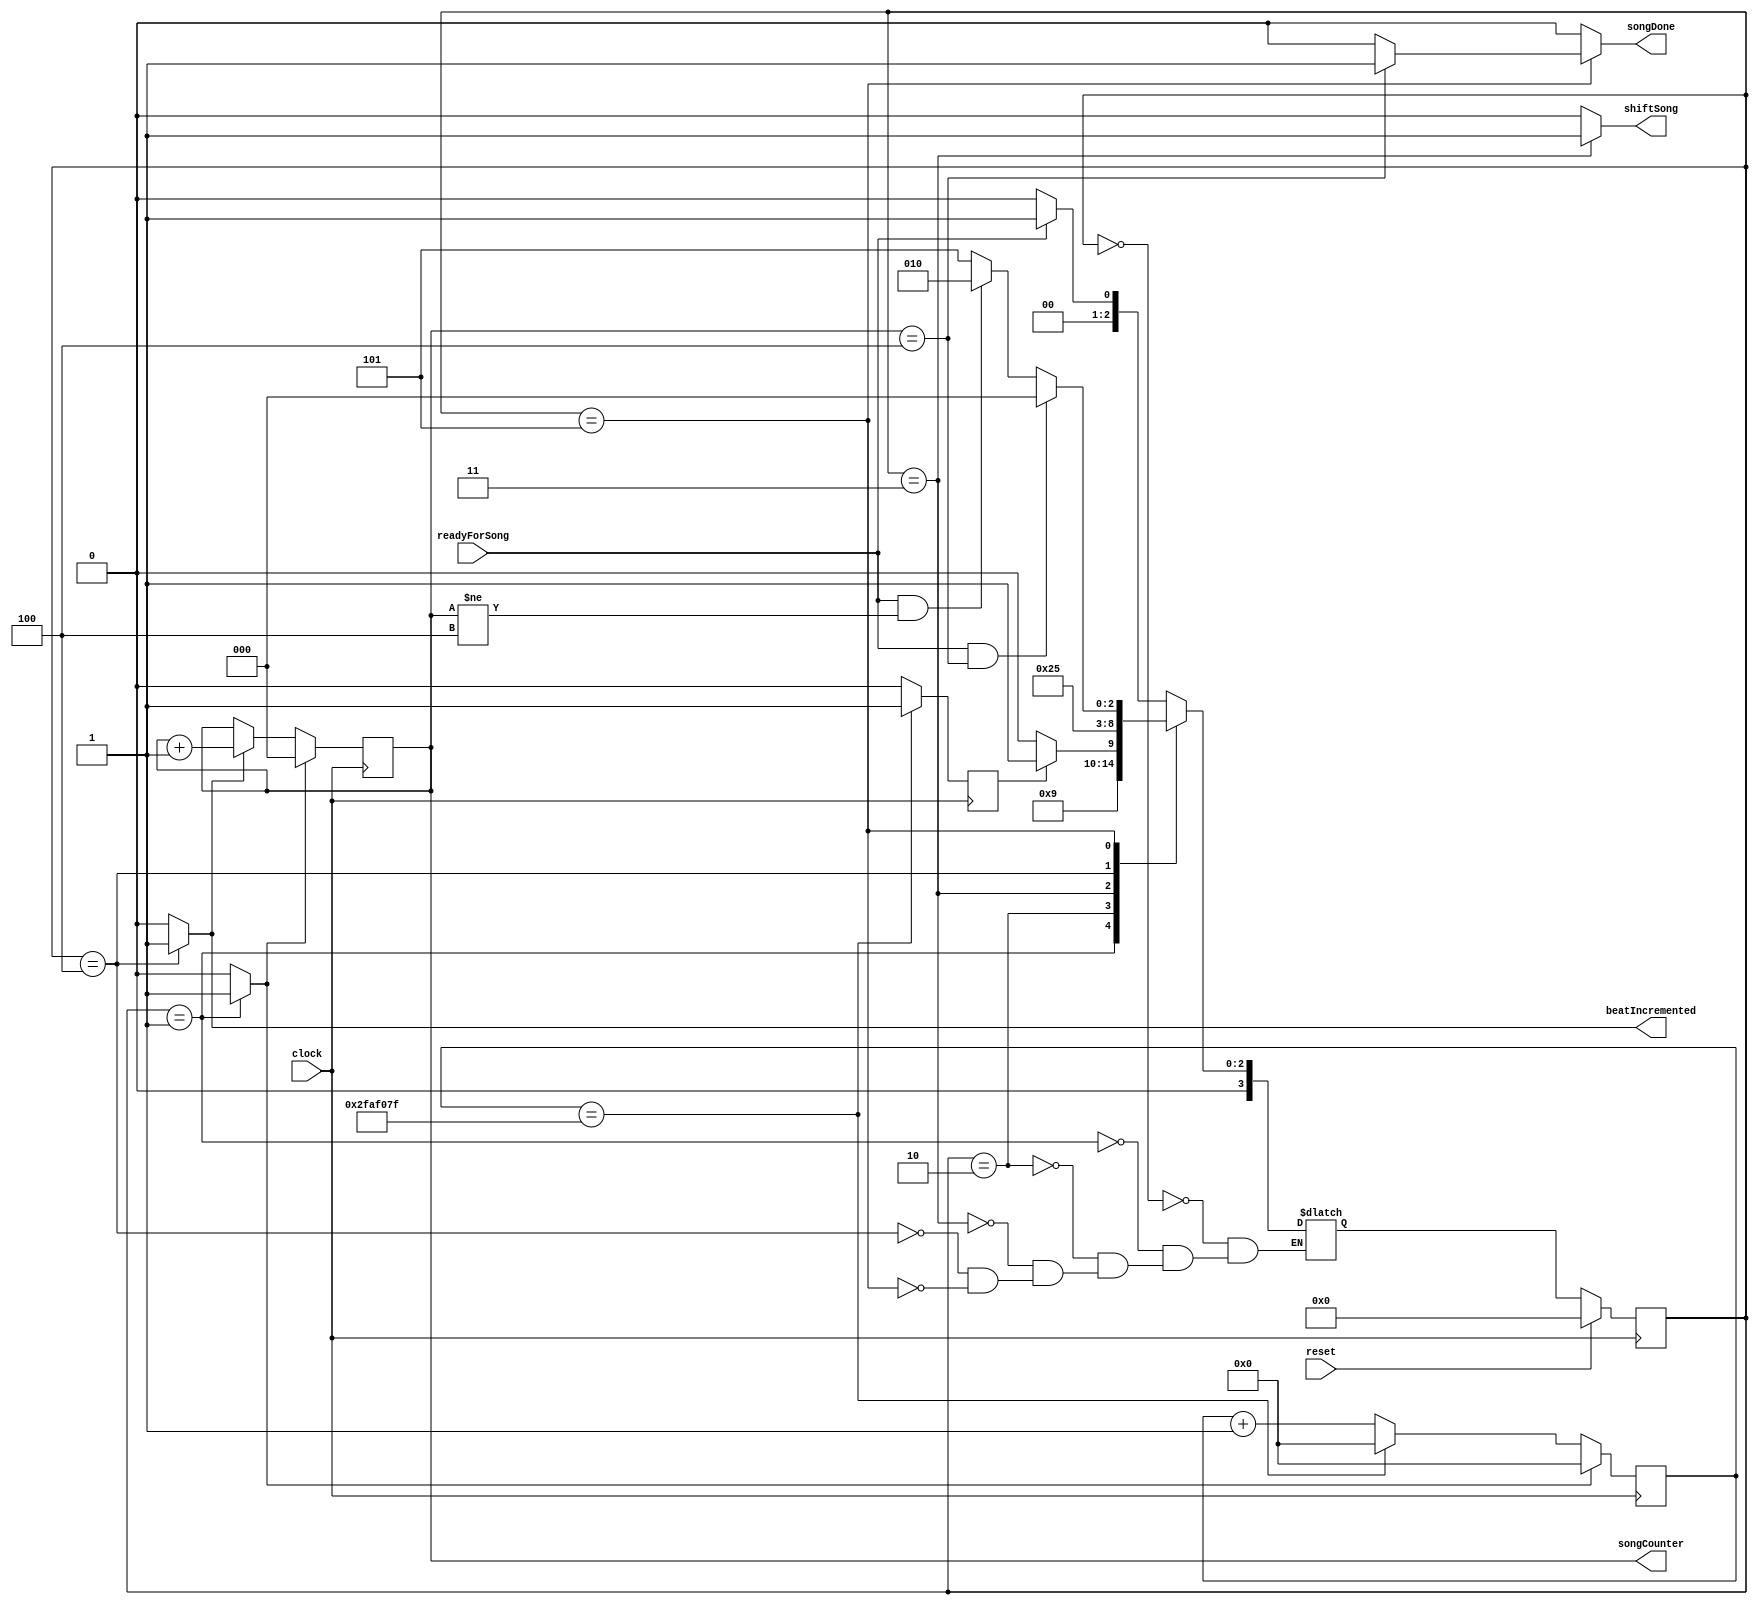
module FSM1 (clock, reset, readyForSong, beatIncremented, shiftSong, 
	songDone, songCounter);

input clock;
input reset;
input readyForSong;
output reg beatIncremented;
output reg shiftSong;
output reg songDone;
output reg [2:0]songCounter; //enter with length of song

reg [3:0]currentState, nextState;
reg enableSongCounter, resetSongCounter;
reg [25:0]tempoCounter; //enter with correct speed
reg resetTempoCounter;
reg startNextBeat;

localparam 	state_idle = 3'b000,
			state_startSong = 3'b001,
			state_waitForSongBeat = 3'b010,
			state_shiftSong = 3'b011,
			state_drawScreen = 3'b100,
			state_waitForScreen = 3'b101;

always @(*) 
	begin: state_table
	case(currentState)
		state_idle: nextState = readyForSong ? state_startSong : state_idle;
		state_startSong: nextState = state_waitForSongBeat;
		state_waitForSongBeat: begin
			if (startNextBeat) nextState = state_shiftSong;//add max tempo value as determined by speed of song
			else nextState = state_waitForSongBeat;
		end
		state_shiftSong:
			nextState = state_drawScreen;
		state_drawScreen: nextState = state_waitForScreen;
		state_waitForScreen: begin
			if (readyForSong & songCounter == 3'd4) nextState = state_idle;//enter with length of song
			else if (readyForSong & songCounter != 3'd4) nextState = state_waitForSongBeat;
			else nextState = state_waitForScreen;
		end
	endcase
end

always @(*)
	begin: enable_signals
	shiftSong = 1'b0;
	songDone = 1'b0;
	enableSongCounter = 1'b0;
	resetSongCounter = 1'b0;
	beatIncremented = 1'b0;
	resetTempoCounter = 1'b0;

	case (currentState)
	state_idle: begin
		//songDone = 1'b1; //is this necessary??
	end
	state_startSong: begin
		resetSongCounter = 1'b1;
		resetTempoCounter = 1'b1;
	end
	state_waitForSongBeat: begin
		//??? nothing???
	end
	state_shiftSong: begin
		shiftSong = 1'b1;
	end
	state_drawScreen:begin
		beatIncremented = 1'b1;
		enableSongCounter = 1'b1;
	end
	state_waitForScreen:begin
		if (songCounter == 3'd4) songDone = 1'b1; //might need to put back in
	end
	endcase
end

//tempo - for do file do 1/6 speed of clock
always @ (posedge clock) begin //tempo - currently doing 1 second - 1Hz - 49999999 - 10111110101111000001111111
	if (tempoCounter == 26'd49999999 /*26'd6*/) startNextBeat <= 1'b1;
	else startNextBeat <= 1'b0;
	if (resetTempoCounter) tempoCounter <= 26'd0; //add with tempo
	else if (tempoCounter == 26'd49999999 /*26'd6*/) tempoCounter <= 26'd0;
	else tempoCounter <= tempoCounter + 26'd1;
	
end

always @ (posedge clock) begin //this will have to be changed in scale up
	if (resetSongCounter) songCounter = 3'd0;
	else if (enableSongCounter) songCounter = songCounter + 3'd1;
end

always @ (posedge clock)
begin: state_FFs
	if(reset)
		currentState <= state_idle; //is this needed? probably yea
	else begin
		currentState <= nextState;
	end
end

endmodule